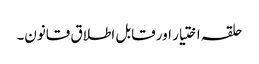
حلقہ اختیار اور قابل اطلاق قانون۔